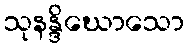
သုနန္ဒိဃောသော